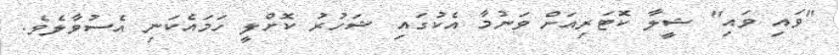
"ވައި ވައި" ޝީލާ ކޮޓަރިއަށް ވަނުމާ އެކުގައި ޝަހުރު ކޮށްލީ ހަމައެކަނި އެސުވާލެވެ.